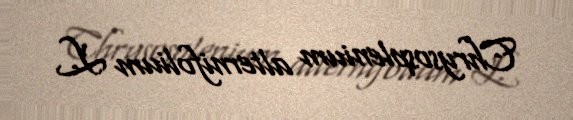
Chrysosplenium alternifolium L.